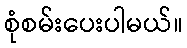
စုံစမ်းပေးပါမယ်။